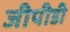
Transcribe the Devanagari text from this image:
जीपीडी